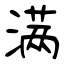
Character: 满